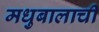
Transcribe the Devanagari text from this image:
मधुबालाची